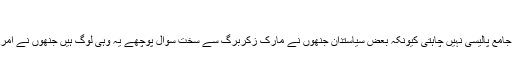
‘
ایون گریر کا کہنا ہے امریکی کانگریس فی الحال اس سلسلے میں کوئی جامع پالیسی نہیں چاہتی کیونکہ بعض سیاستدان جنھوں نے مارک زکربرگ سے سخت سوال پوچھے یہ وہی لوگ ہیں جنھوں نے امریکی انٹرنیٹ پرائیویسی کے قانون کو ختم کرنے کے حق میں ووٹ ڈالا۔